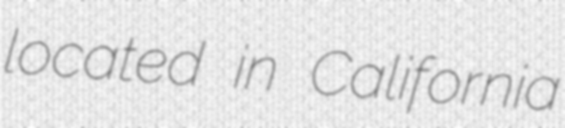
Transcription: located in California